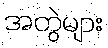
အတွဲများ